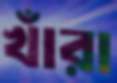
খাঁরা